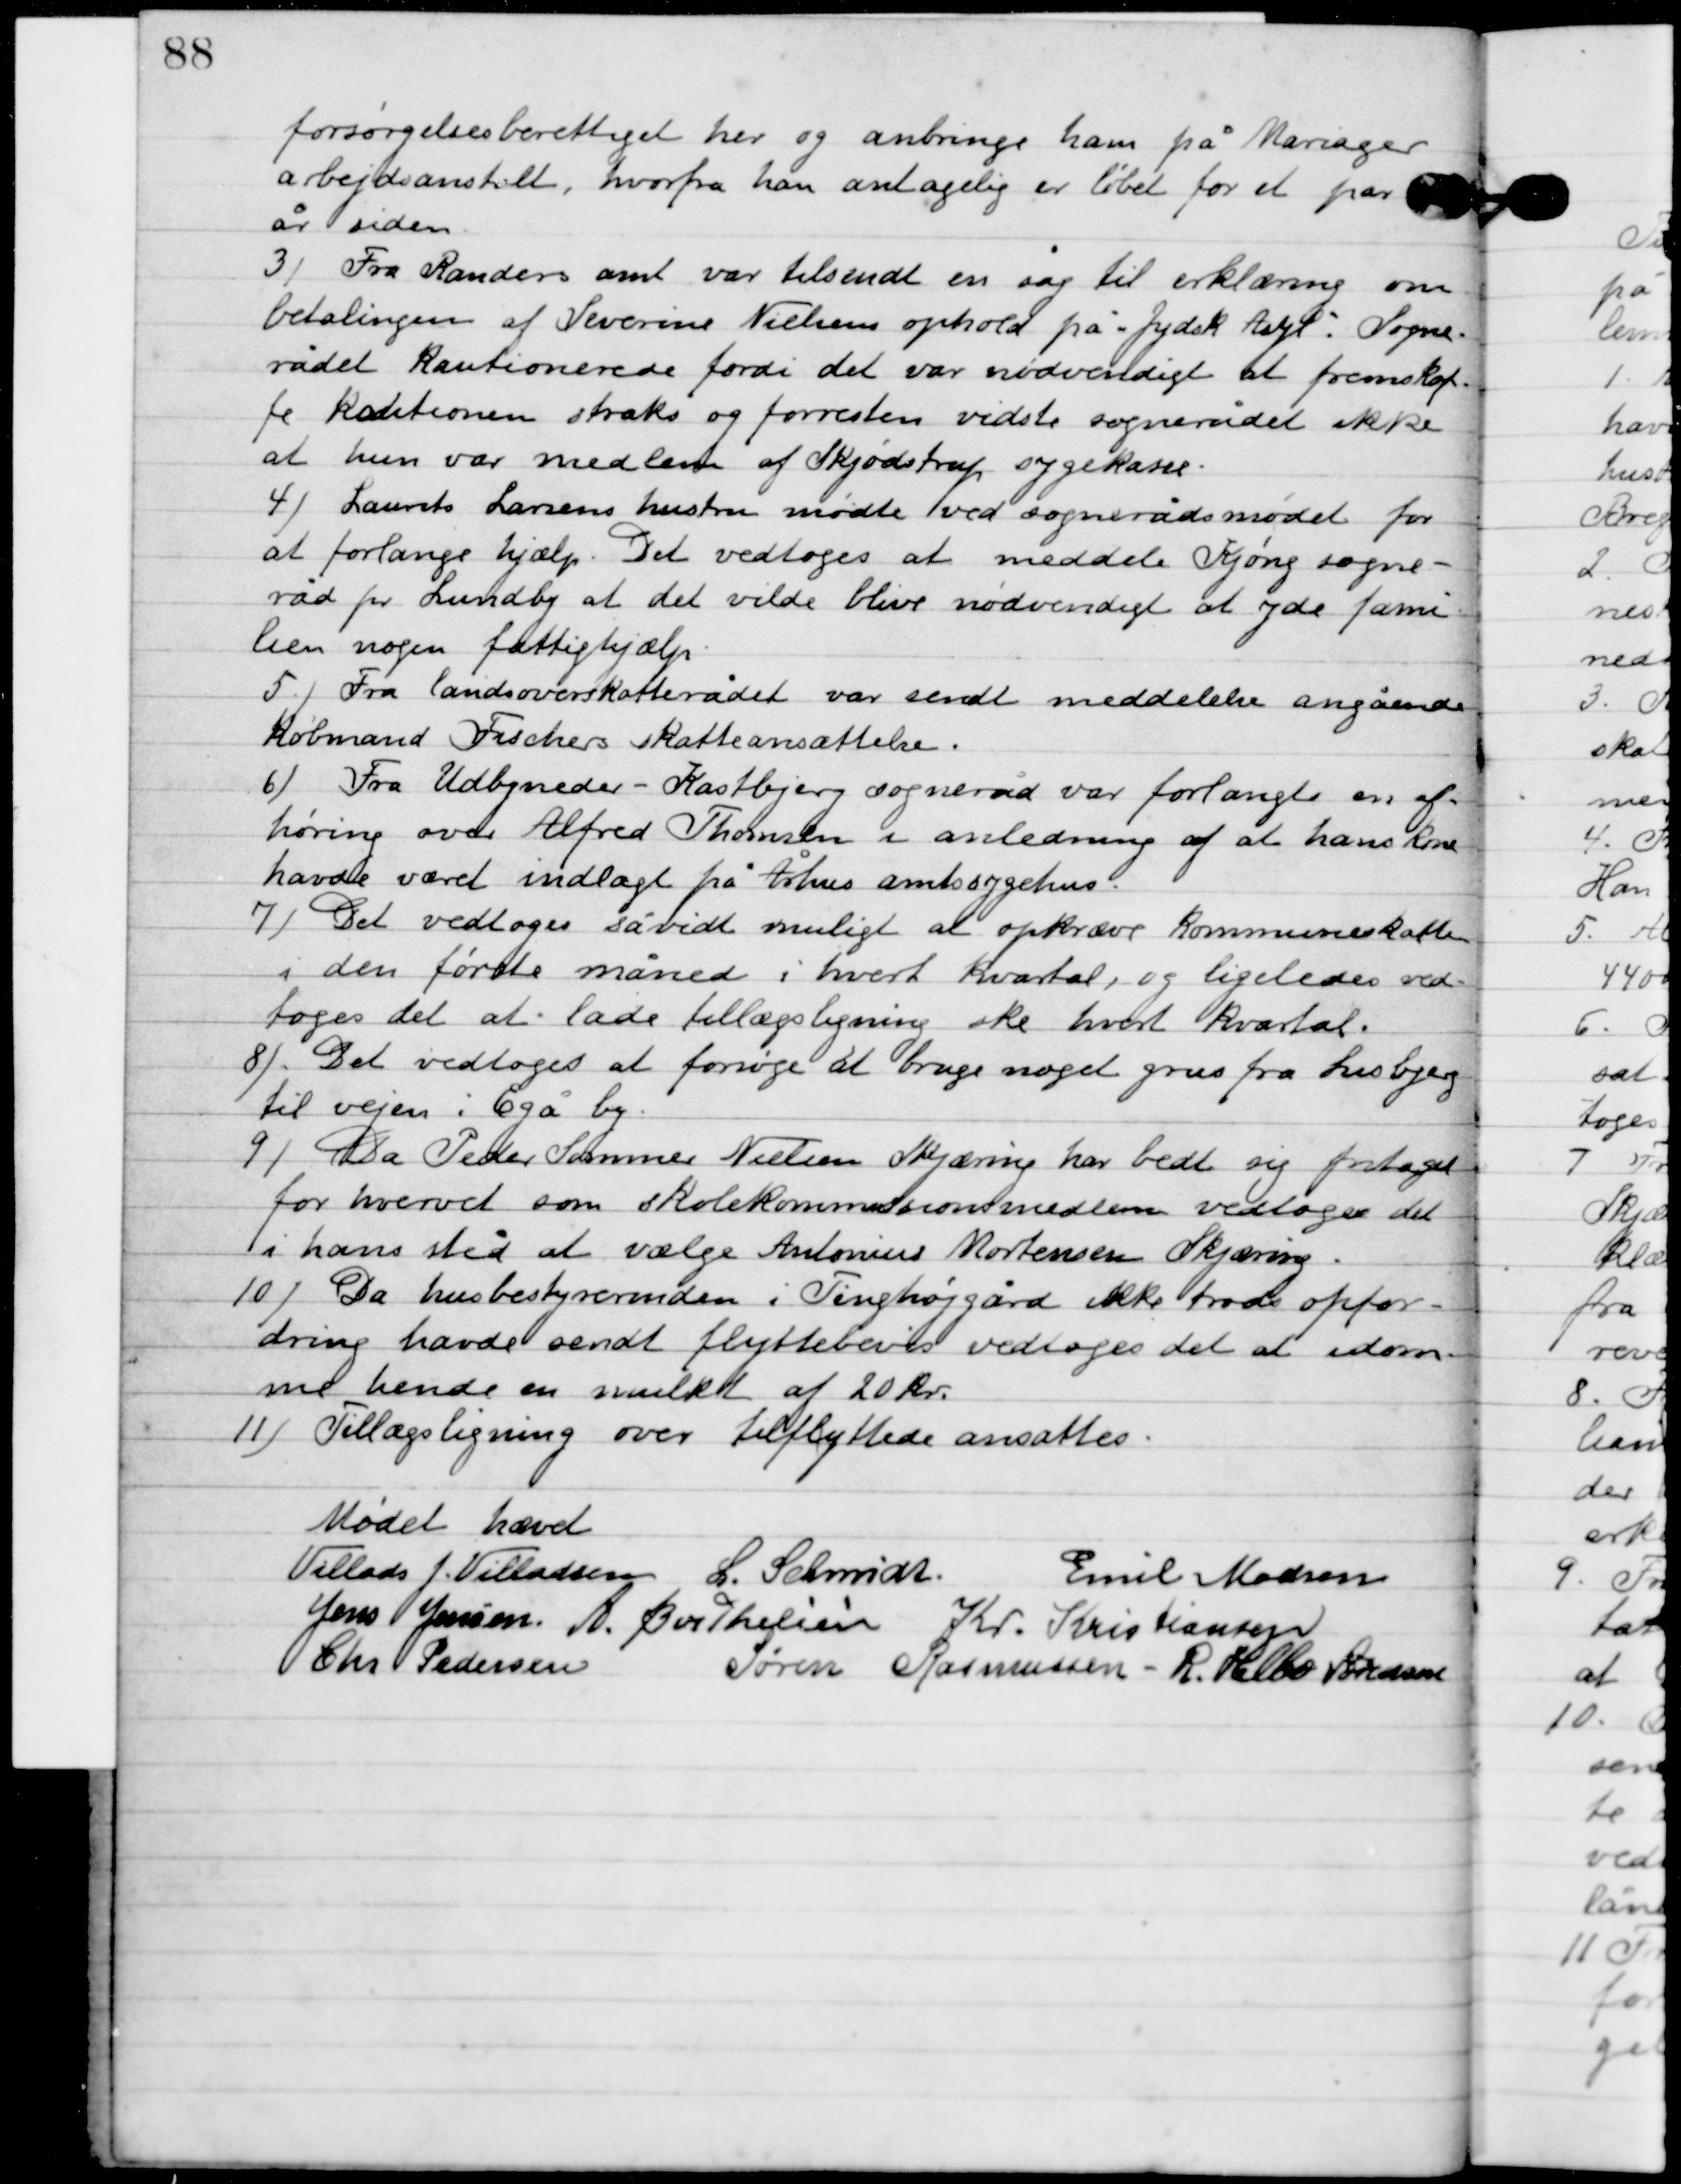
Transskription:
forsørgelsesberettiget her og anbringe ham på Mariager
arbejdesanstalt, hvorfra han antagelig er løbet for et par
år siden.

2

Fra Randers amt var tilmeldt en sag til erklæring om
betalingen af Severine Nielsens ophold på Jydsk Asyl. Sogne-
rådet kautionerede fordi det var nødvendigt at fremskaf-
fe kautionen straks og for resten vidste sognerådet ikke
at hun var medlem at Skødstrup sygekasse.

3

Laurits Larsens hustru mødte ved sognerådsmødet for
at forlange hjælp. Det vedtoges at meddele Kjøng sogne-
råd pr. Lundby at det vilde blive nødvendigt at yde fami-
lien nogen fattighjælp.

4

Fra landsoverskatterådet var sendt meddelelse angående
Købmand Fischers skatteansættelse.

5

Fra Udbyneder-Kastbjerg sogneråd var forlangt en af-
høring over Alfred Thomsen i anledning af at hans kone
havde været indlagt på Århus amtssygehus.

6

Det vedtoges så vidt muligt at opkræve kommuneskatten
i den første måned i hvert kvartal, og ligeledes ved-
toges det at lade tillægsligning ske hvert kvartal.

7

Det vedtoges at forsøge at bruge noget grus fra Lisbjerg
til vejen i Egå by.

8

Da Peder Sommer Nielsen Skjæring har bedt sig fritaget
for hvervet som skolekommissionsmedlem vedtoges det
i hans sted at vælge Antonius Mortensen Skjæring.

9

Da husbestyrerinden i Tinghøjgård ikke trods opfor-
dring havde sendt flyttebevis vedtoges det at idøm-
me hende en mulkt af 20 kr.

10

Tillægsligning over tilflyttede ansattes.

Mødet hævet

Villads J. Villadsen
l. Schmidt
Emil Madsen
Jens Jensen
A. Berthelsen
Kr. Kristiansen
Chr. Pedersen
Søren Rasmussen
R. Helbo Sørensen